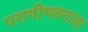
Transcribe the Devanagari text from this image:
परागीभवनाला